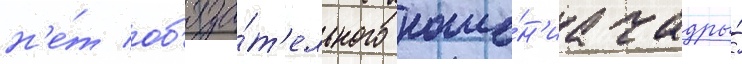
н'е́т об'яза́т'ельного ноше́н'иа чадры́